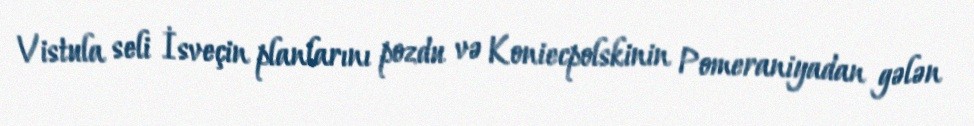
Vistula seli İsveçin planlarını pozdu və Koniecpolskinin Pomeraniyadan gələn